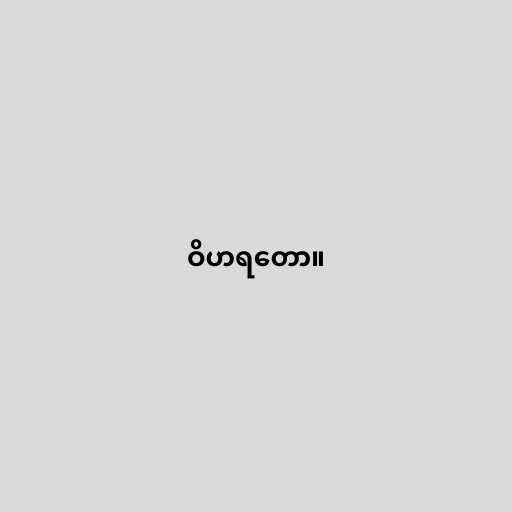
ဝိဟရတော။